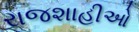
રાજશાહીઓ